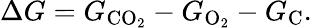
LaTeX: \Delta G=G_{\mathrm{CO_{2}}}-G_{\mathrm{O_{2}}}-G_{\mathrm{C}}.